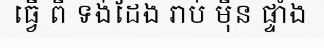
ធ្វើ ពី ទង់ដែង រាប់ ម៉ឺន ផ្ទាំង